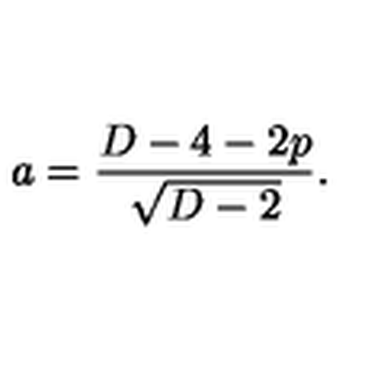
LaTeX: a = \frac { D - 4 - 2 p } { \sqrt { D - 2 } } .